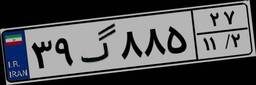
۳۹گ۸۸۵۲۷